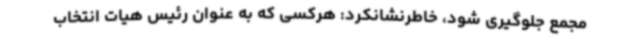
مجمع جلوگیری شود، خاطرنشانکرد: هرکسی که به عنوان رئیس هیات انتخاب